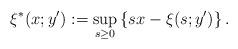
LaTeX: \begin{align*}\xi^*(x;y'):= \sup_{s\ge 0} \left\{ sx-\xi(s;y')\right\}. \end{align*}